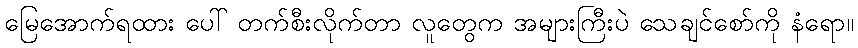
မြေအောက်ရထား ပေါ် တက်စီးလိုက်တာ လူတွေက အများကြီးပဲ သေချင်စော်ကို နံရော။